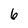
Character: 6